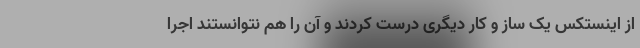
از اینستکس یک ساز و کار دیگری درست کردند و آن را هم نتوانستند اجرا